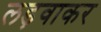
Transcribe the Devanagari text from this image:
लड़वाकर